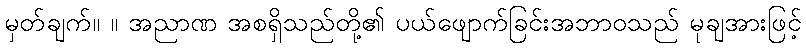
မှတ်ချက်။ ။ အညာဏ အစရှိသည်တို့၏ ပယ်ဖျောက်ခြင်းအဘာဝသည် မုချအားဖြင့်